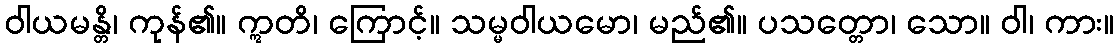
ဝါယမန္တိ၊ ကုန်၏။ ဣတိ၊ ကြောင့်။ သမ္မဝါယမော၊ မည်၏။ ပသတ္တော၊ သော။ ဝါ၊ ကား။